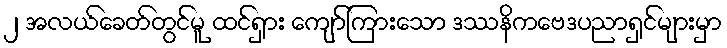
၂ အလယ်ခေတ်တွင်မူ ထင်ရှား ကျော်ကြားသော ဒဿနိကဗေဒပညာရှင်များမှာ